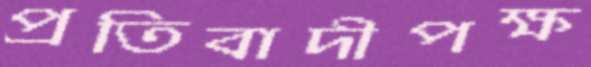
প্রতিবাদীপক্ষ